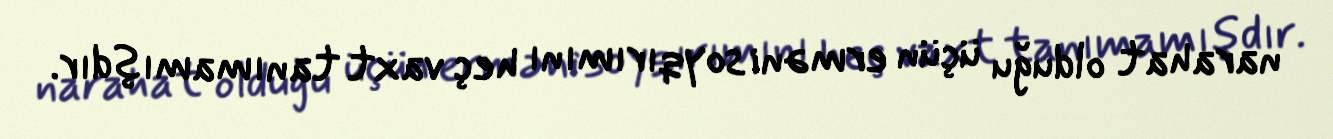
narahat olduğu üçün erməni soyqırımını heç vaxt tanımamışdır.